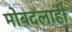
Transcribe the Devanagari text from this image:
मोबदलाही